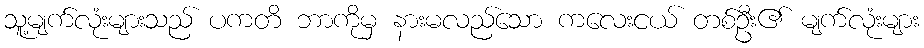
သူ့မျက်လုံးများသည် ပကတိ ဘာကိုမှ နားမလည်သော ကလေးငယ် တစ်ဦး၏ မျက်လုံးများ